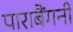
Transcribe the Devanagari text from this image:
पाराबैंगनी